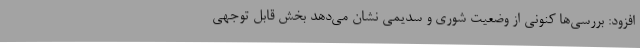
افزود: بررسی‌ها کنونی از وضعیت شوری و سدیمی نشان می‌دهد بخش قابل توجهی